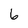
Character: 6